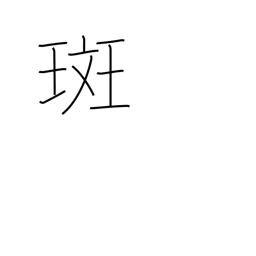
Meaning: blemish